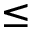
\leq